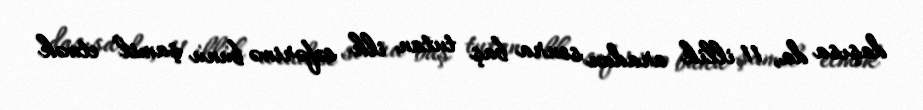
daşısa da, 11 illik aradan sonra baş tutan ilk səfərimə bunu şamil etmək